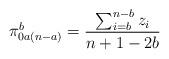
LaTeX: \begin{align*}\pi^b_{0a(n-a)} = \frac{\sum_{i=b}^{n-b}z_i}{n+1-2b}\end{align*}